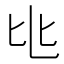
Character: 𬼚